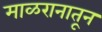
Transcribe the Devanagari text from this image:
माळरानातून